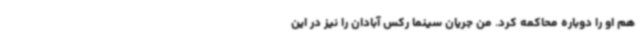
هم او را دوباره محاکمه کرد. من جریان سینما رکس آبادان را نیز در این